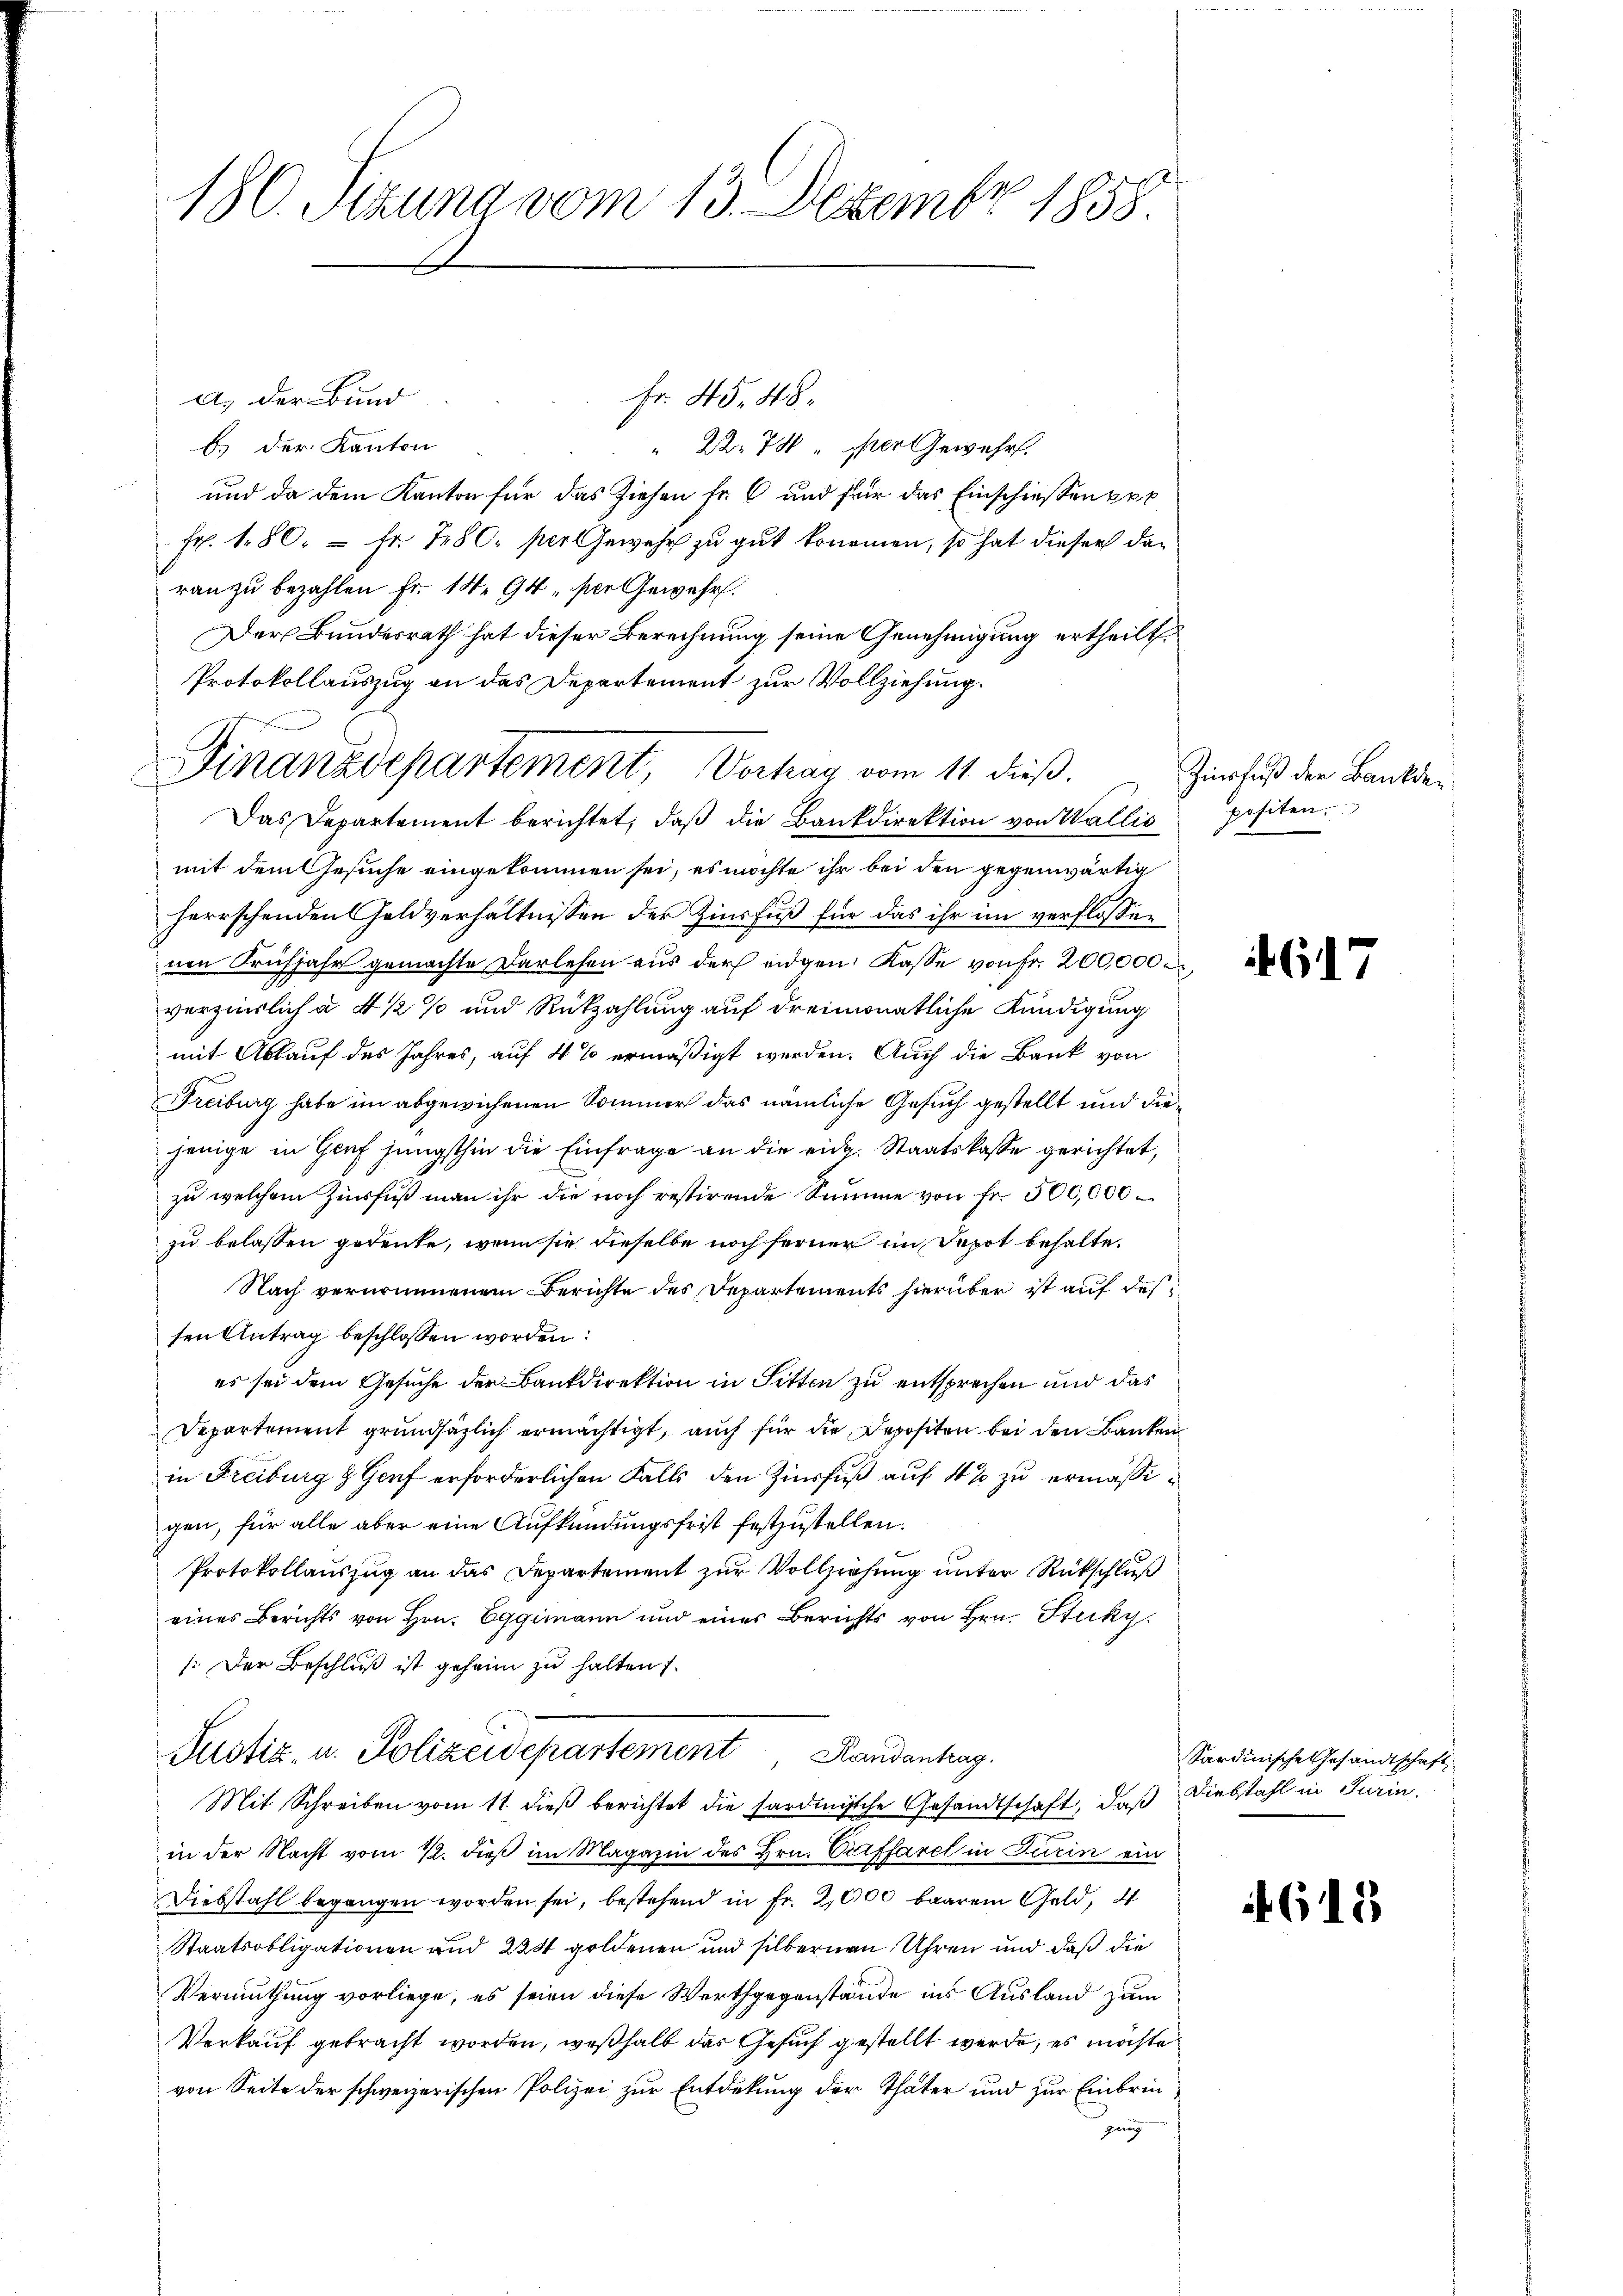
180. Pezuna vom 13. Dezember 1858.

fr. 45. 48.
a.) Der Bund
b.) Der Kanton
" 22. 74 " er ewehr.
und da dem Kanton für das Ziehen Fr. 6 und für das Einschiessen ppt
Fr. 180. = Fr. 780. per Gewehr zu gut kommen, so hat dieser dan
ran zu bezahlen Fr. 14. 94, per Gewehr.
Der Bundesrath hat dieser Berechnung seine Genehmigung ertheilt.
Protokollauszug an das Departement zur Vollziehung.
Das Departement berichtet, daß die Bankdirektion von Wallis
mit dem Gesuche eingekommen sei, es möchte ihr bei den gegenwärtig
herrschenden Geldverhältnissen der Zinsfuß für das ihr im verflossen
nen Frühjahr gemachte Darlehen aus der eidgen. Kasse von Fr. 200,000 M.
verzierlich à 4 1/2 % und Rückzahlung auf dreimonatliche Kündigung
mit Ablauf des Jahres, auf 4 % ermäßigt werden. Auch die Bank von
Freiburg habe im abgewichenen Sommer das nämliche Gesuch gestellt und diejenige in Genf jüngsthin die Einfrage an die eidg. Staatskasse gerichtet,
zu welchem Zinsfuß man ihr die noch restirende Summe von fr. 500,000
zu belassen gedenke, wenn sie dieselbe noch ferner im Depot behalte.
Nach vernommenen Berichte des Departements hierüber ist auf des
ten Antrag beschlossen worden:
es sei dem Gesuche der Bankdirektion in Sitten zu entsprechen und das
Departement grundsätzlich ermächtigt, auch für die Depositen bei den Banken
in Freiburg & Gorf erforderlichen Falls den Zinsfuß auf 4 % zu ermäßigen, für alle aber eine Aufkündungsfrist festzustellen.
Protokollauszug an das Departement zur Vollziehung unter Rückschluß
eines Berichts von Hrn. Eggimann und einer Berichts von Hrn. Stucky.
(Der Beschluß ist geheim zu halten
Justiz- u. Polizeidepartement Randantrag.
Mit Schreiben vom 11. dieß berichtet die sardinische Gesandtschaft, daß Diebstahl in Turin,
in der Nacht vom 22. dieß im Magazin des Hrn. Cirffarel in Turin ein
Diebstahl begangen worden sei, bestehend in Fr. 2,000 baarem Geld, 4
Staatsobligationen und 224 goldenen und silbernen Uhren und daß die
Vermuthung vorliege, es seien diese Werthgegenstände ins Ausland zum
Verkauf gebracht worden, weßhalb der Gesuch gestellt werde, es möchte
von Seite der schweizerischen Polizei zur Entdekung der Thäter und zur Einbringung

Finanzdepartement, Verhag vom 11. dieß.

Zinsfuß der Bankdepositen.

617

Sardinische Gesandtschaft

if. 613